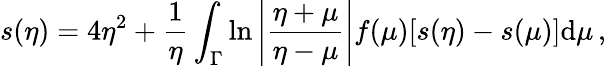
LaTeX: s(\eta)=4\eta^{2}+\frac{1}{\eta}\int_{\Gamma}\ln\left|\frac{\eta+\mu}{\eta-\mu}\right|f(\mu)[s(\eta)-s(\mu)]\mathrm{d}\mu\, ,